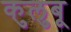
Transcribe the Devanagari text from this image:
कुलुबू